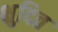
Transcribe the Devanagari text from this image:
क्षुदित